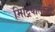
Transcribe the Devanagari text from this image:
मिट्रियोलोजी